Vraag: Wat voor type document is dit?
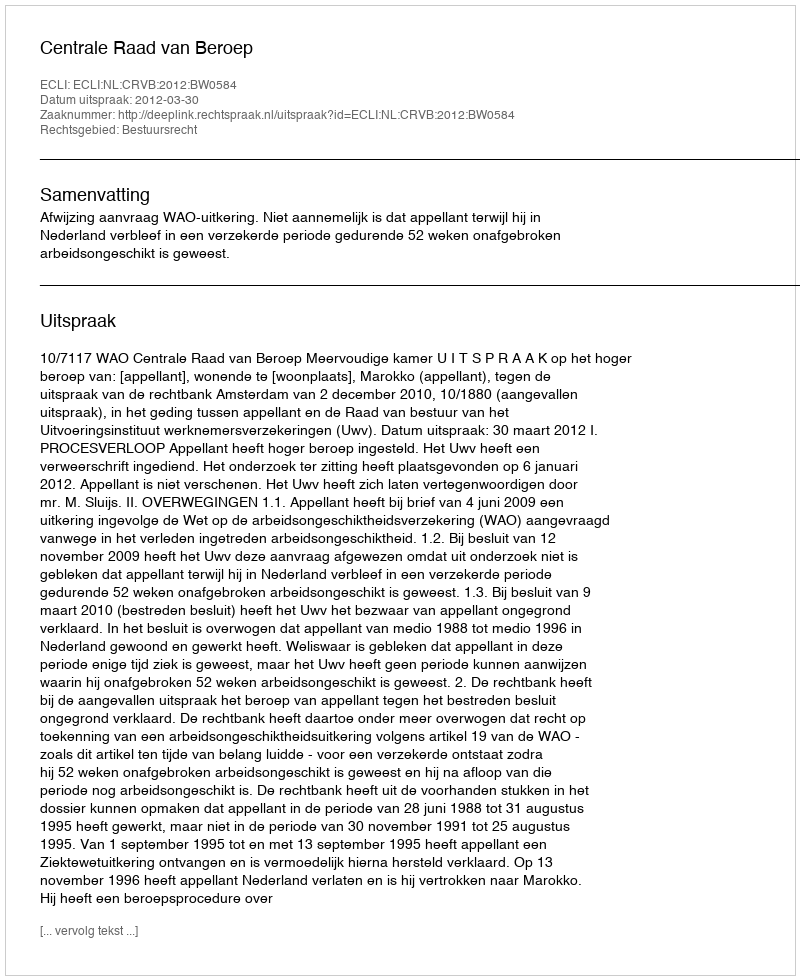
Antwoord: Uitspraak